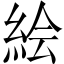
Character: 絵